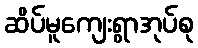
ဆိပ်မူကျေးရွာအုပ်စု